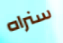
سنراه